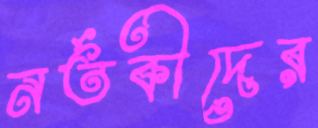
নর্তকীদের